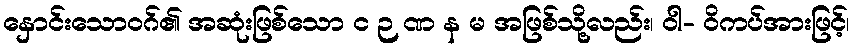
နှောင်းသောဝဂ်၏ အဆုံးဖြစ်သော င ဉ ဏ န မ အဖြစ်သို့လည်း၊ ဝါ- ဝိကပ်အားဖြင့်၊